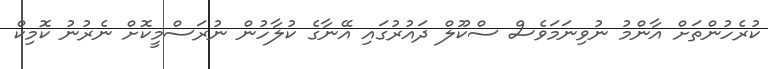
ކުރެހުންތަށް އާންމު ނުވިނަމަވެސް ސްކޫލް ދައުރުގައި އޭނާގެ ކުލާހުން ނުރަސްމީކޮށް ނެރުނު ކޮމިކް